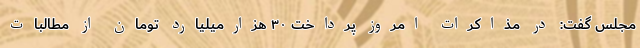
مجلس گفت: در مذاکرات امروز پرداخت ۳۰ هزارمیلیارد تومان از مطالبات